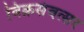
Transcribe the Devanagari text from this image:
विक्रसंवत्सर